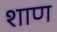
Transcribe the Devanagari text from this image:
शाण